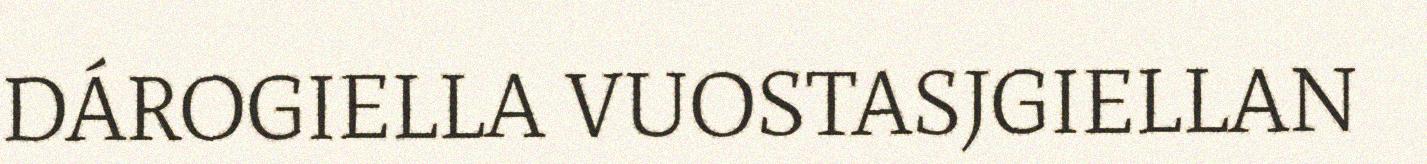
DÁROGIELLA VUOSTASJGIELLAN